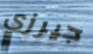
جيرزي